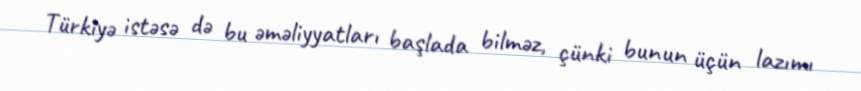
Türkiyə istəsə də bu əməliyyatları başlada bilməz, çünki bunun üçün lazımı